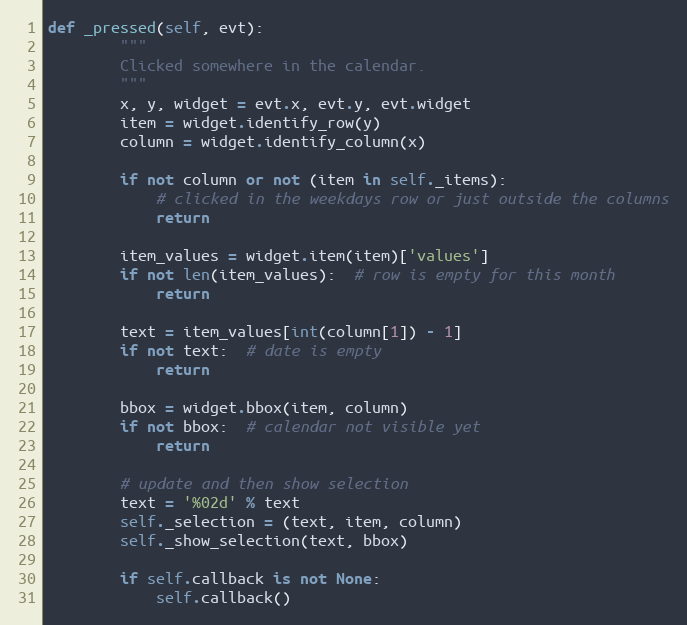
Language: Python
def _pressed(self, evt):
        """
        Clicked somewhere in the calendar.
        """
        x, y, widget = evt.x, evt.y, evt.widget
        item = widget.identify_row(y)
        column = widget.identify_column(x)

        if not column or not (item in self._items):
            # clicked in the weekdays row or just outside the columns
            return

        item_values = widget.item(item)['values']
        if not len(item_values):  # row is empty for this month
            return

        text = item_values[int(column[1]) - 1]
        if not text:  # date is empty
            return

        bbox = widget.bbox(item, column)
        if not bbox:  # calendar not visible yet
            return

        # update and then show selection
        text = '%02d' % text
        self._selection = (text, item, column)
        self._show_selection(text, bbox)

        if self.callback is not None:
            self.callback()